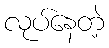
လုပ်နေတဲ့